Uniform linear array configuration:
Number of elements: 64
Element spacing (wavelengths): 0.75
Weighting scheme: hamming
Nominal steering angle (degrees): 45
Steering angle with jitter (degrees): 45.895
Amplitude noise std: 0.05
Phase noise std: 0.05

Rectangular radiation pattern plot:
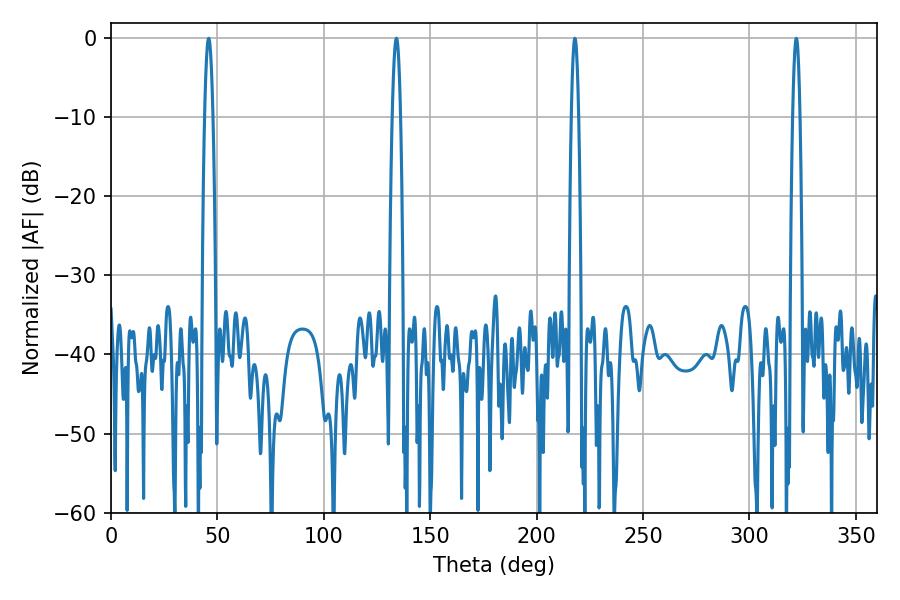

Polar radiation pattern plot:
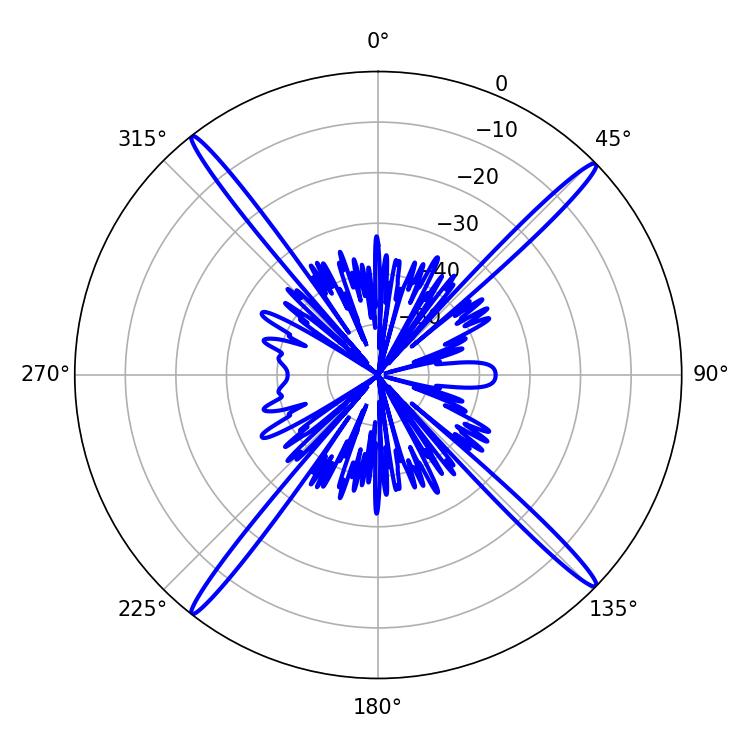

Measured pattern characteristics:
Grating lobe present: TRUE
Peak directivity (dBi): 21.439
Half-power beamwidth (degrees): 1.8
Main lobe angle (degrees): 217.98